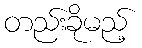
တည်းခိုမည့်